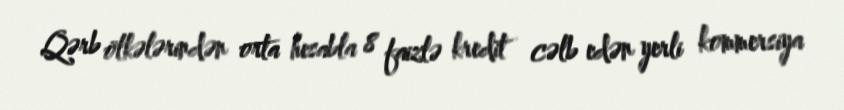
Qərb ölkələrindən orta hesabla 8 faizlə kredit cəlb edən yerli kommersiya